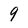
Character: 9